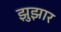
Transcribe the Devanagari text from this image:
झुझार